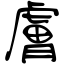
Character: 膚